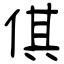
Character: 倛